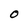
Character: O